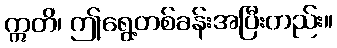
ဣတိ၊ ဤရွေ့တစ်ခန်းအပြီးတည်း။